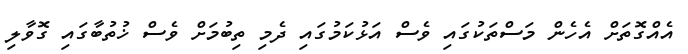
އެއްގޮތަށް އެހެން މަސްތަކުގައި ވެސް އަޅުކަމުގައި ދެމި ތިބުމަށް ވެސް ޚުތުބާގައި ގޮވާލި